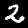
Label: 2